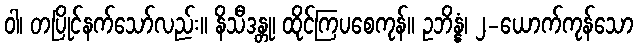
ဝါ၊ တပြိုင်နက်သော်လည်း။ နိသီဒန္တု၊ ထိုင်ကြပစေကုန်။ ဥဘိန္နံ၊ ၂-ယောက်ကုန်သော